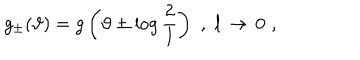
g _ { \pm } ( \vartheta ) = g \left( \vartheta \pm \log \displaystyle \frac { 2 } { l } \right) \, \, , \, \, l \, \rightarrow \, 0 \, \, ,